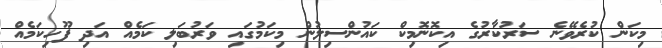
މިކަން ކުރެވޭނެ ސަރުކާރުގެ އިކޮނޮމިކް ކައުންސިލުން މިކަމުގައި ވަރުބަލި ކަމެއް އަދި ފޫހިކަމެއް